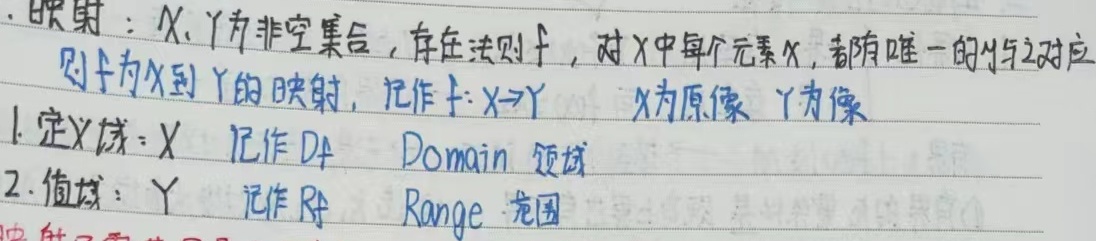
映射：设 \(X,Y\) 为非空集合，存在法则 \(f\)，对 \(X\) 中每个元素 \(x\)，都有唯一的 \(y\) 与之对应，则 \(f\) 为 \(X\) 到 \(Y\) 的映射，记作 \(f:X\rightarrow Y\)。\(x\) 为原像，\(y\) 为像。
1. 定义域：\(X\)，记作 \(D_f\)，Domain（领域）
2. 值域：\(f(X)\)（此处原内容表述有误，值域应是\(Y\)的子集\(f(X)\) ），记作 \(R_f\)，Range（范围）